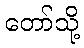
တော်သို့